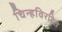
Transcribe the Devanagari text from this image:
चिन्हविरहित